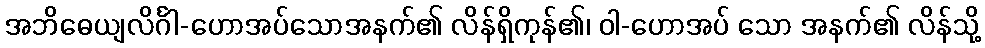
အဘိဓေယျလိင်္ဂါ-ဟောအပ်သောအနက်၏ လိန်ရှိကုန်၏၊ ဝါ-ဟောအပ် သော အနက်၏ လိန်သို့